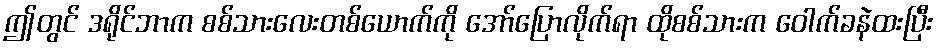
ဤတွင် ဒရိုင်ဘာက စစ်သားလေးတစ်ယောက်ကို အော်ပြောလိုက်ရာ ထိုစစ်သားက ဝေါက်ခနဲထးပြီး